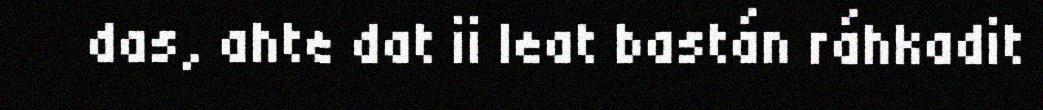
das, ahte dat ii leat bastán ráhkadit